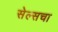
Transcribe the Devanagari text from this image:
सेल्सचा